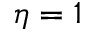
\eta = 1